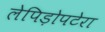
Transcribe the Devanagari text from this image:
लेपिड़ोपटेरा